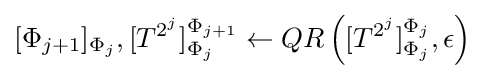
[\Phi _{j+1}]_{\Phi _{j}},[T^{2^{j}}]_{\Phi _{j}}^{\Phi _{j+1}}\leftarrow QR\left([T^{2^{j}}]_{\Phi _{j}}^{\Phi _{j}},\epsilon \right)